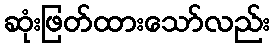
ဆုံးဖြတ်ထားသော်လည်း